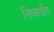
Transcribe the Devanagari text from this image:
निष्कर्षीय